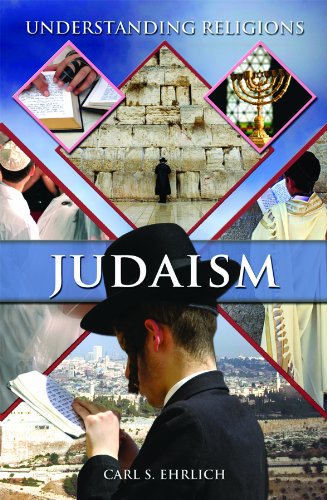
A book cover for Judaism (Understanding Religions); Carl S. Ehrlich; Teen & Young Adult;